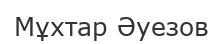
Мұхтар Әуезов